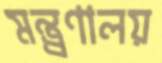
মন্ত্র্রণালয়